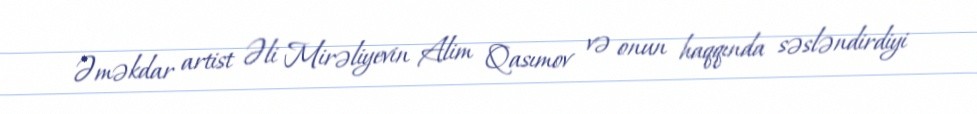
Əməkdar artist Əli Mirəliyevin Alim Qasımov və onun haqqında səsləndirdiyi